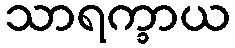
သာရက္ခာယ